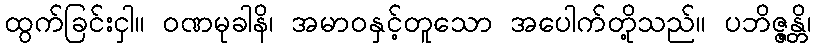
ထွက်ခြင်းငှါ။ ဝဏမုခါနိ၊ အမာဝနှင့်တူသော အပေါက်တို့သည်။ ပဘိဇ္ဇန္တိ၊